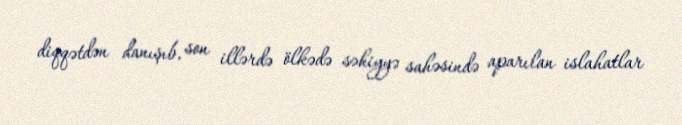
diqqətdən danışıb, son illərdə ölkədə səhiyyə sahəsində aparılan islahatlar